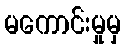
မကောင်းမှုမှ